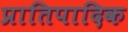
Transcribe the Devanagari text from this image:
प्रातिपादिक